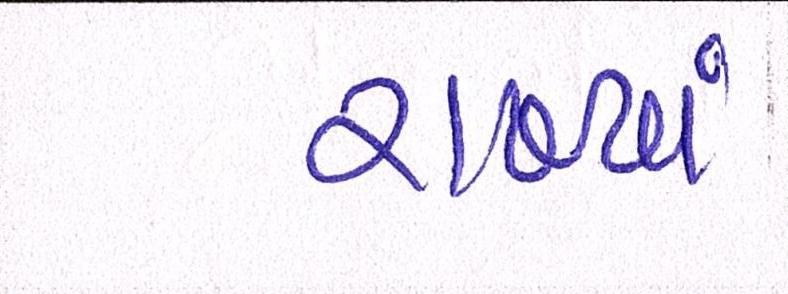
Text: રાખ્યાં